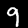
Label: 9